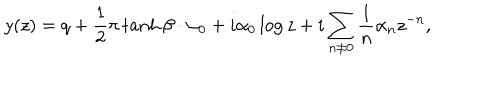
y ( z ) = q + \frac { 1 } { 2 } \pi \tanh \beta \cdot \alpha _ { 0 } + i \alpha _ { 0 } \log z + i \sum _ { n \neq 0 } \frac { 1 } { n } \alpha _ { n } z ^ { - n } ,